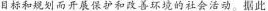
目标和规划而开展保护和改善环境的社会活动。据此